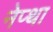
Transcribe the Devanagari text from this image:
नेप्था